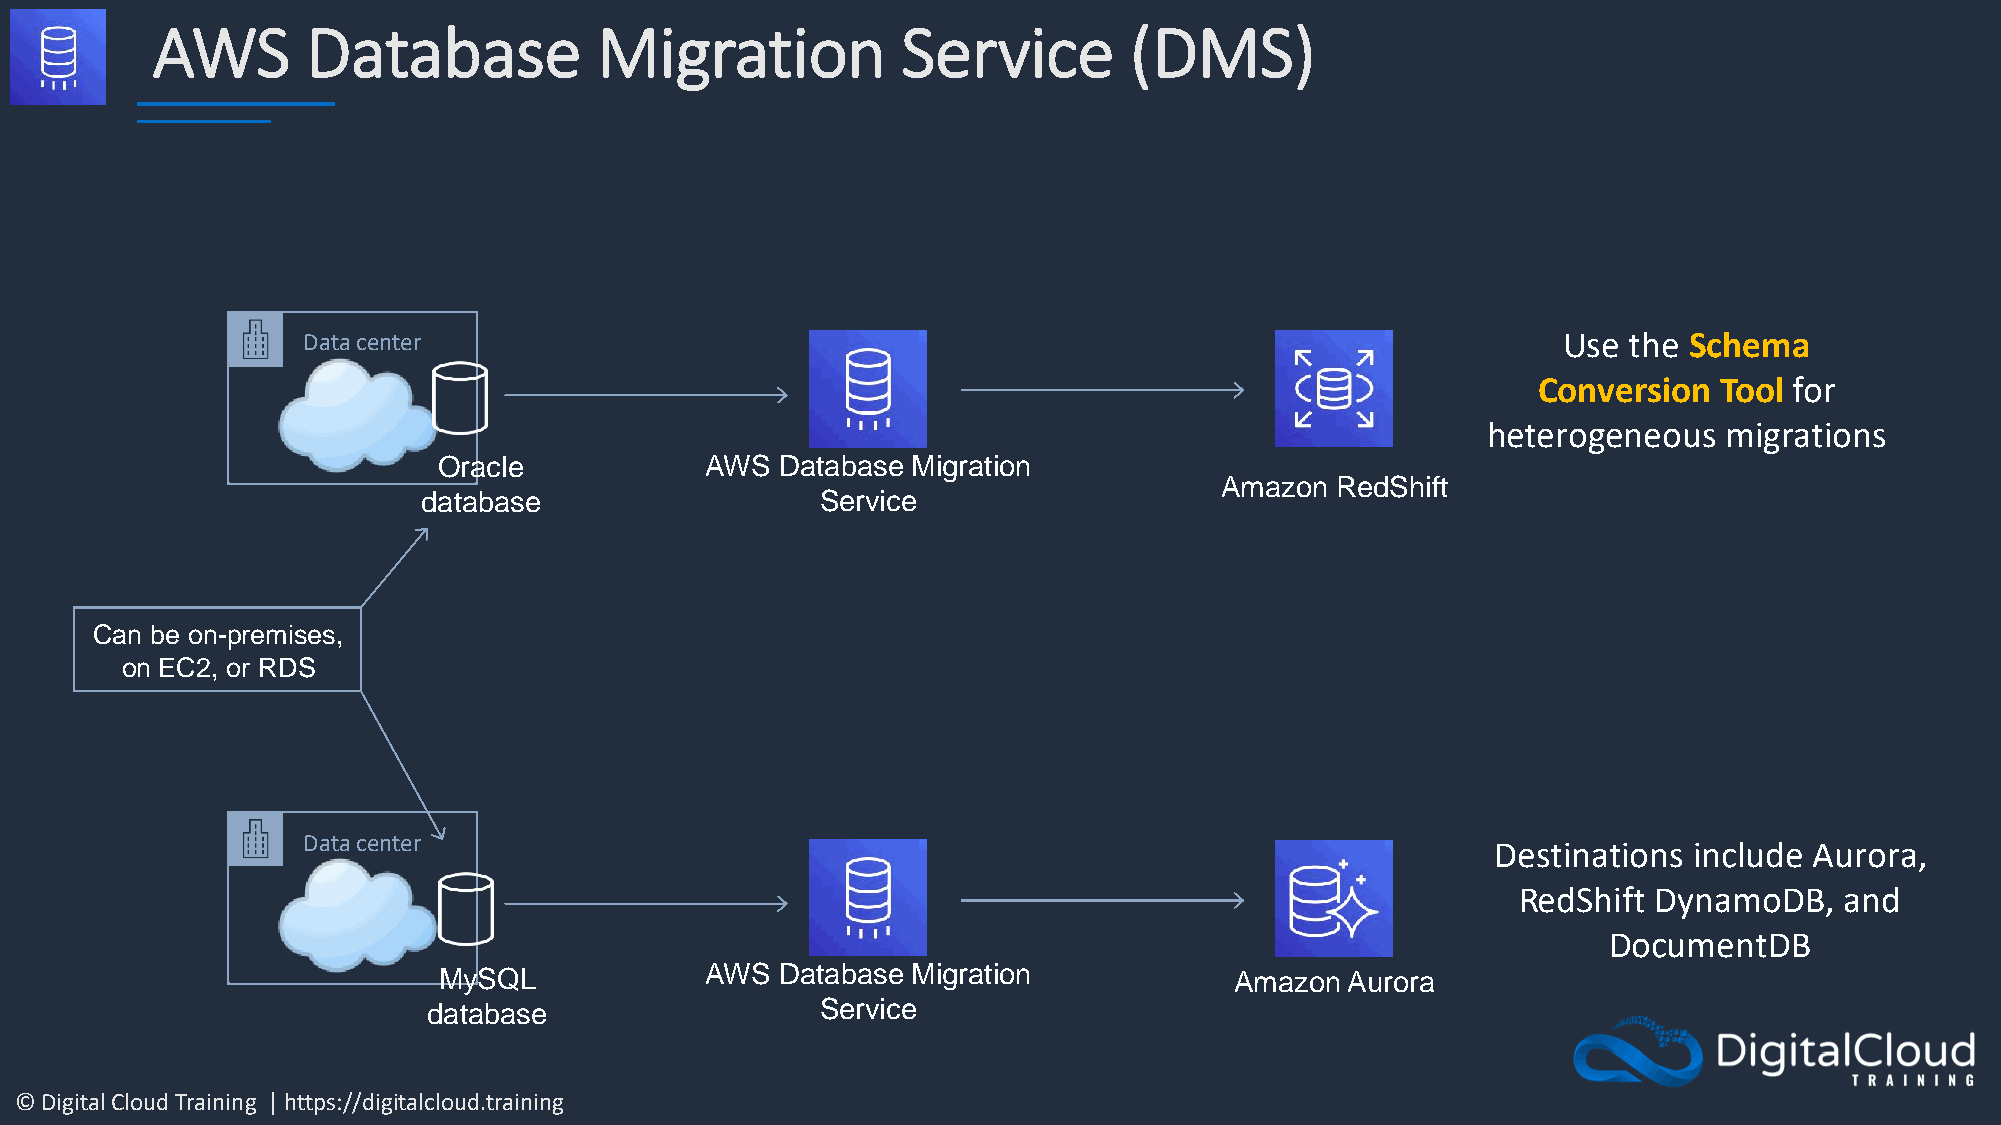
AWS       Database           Migration            Service        (DMS)
 Data center                                                                        Use  the Schema
 Conversion  Tool for
 heterogeneous   migrations
 Oracle            AWS  Database Migration
 Amazon RedShift
 database                  Service
 Can be on-premises,
 on EC2, or RDS
 Data center
 Destinations include Aurora,
 RedShift DynamoDB,   and
 DocumentDB
 MySQL             AWS  Database Migration            Amazon Aurora
 database                  Service
 © Digital Cloud Training | https://digitalcloud.training